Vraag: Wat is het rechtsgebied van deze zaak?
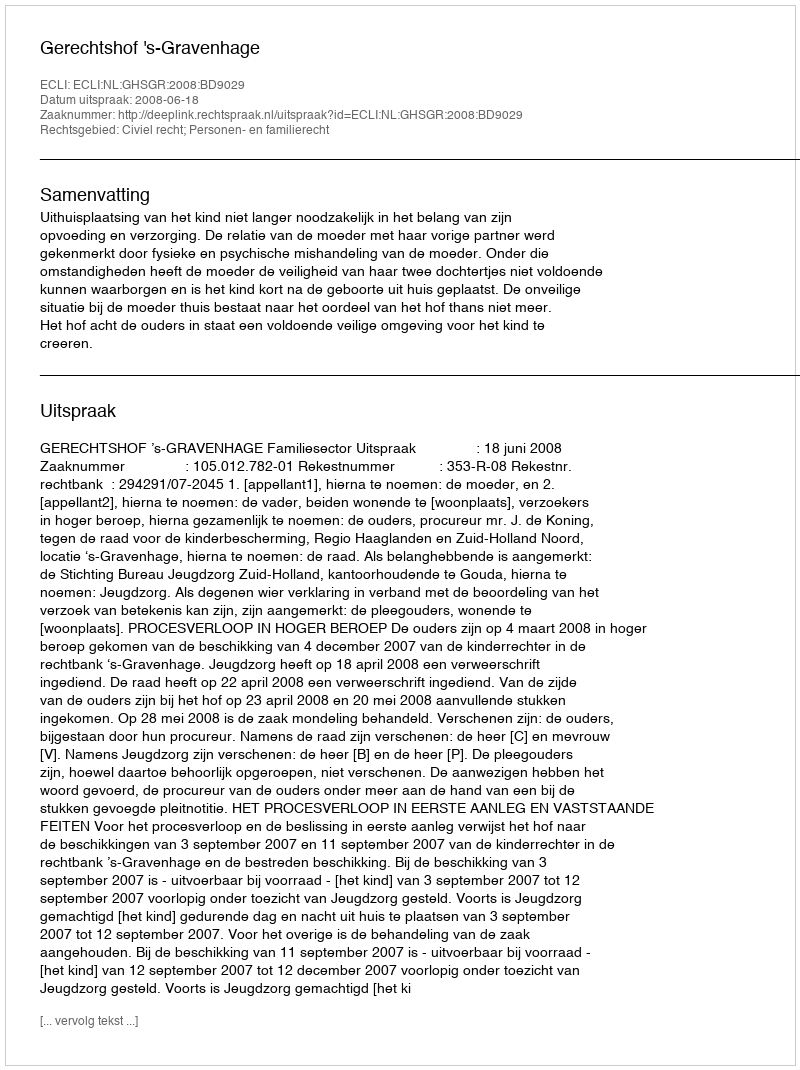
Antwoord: Civiel recht; Personen- en familierecht